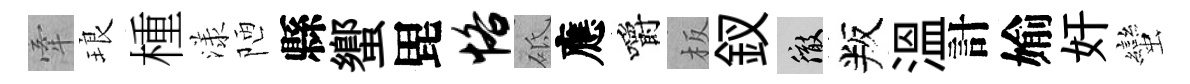
牽琅㮔漾陋縣蠁毘恪砥應嚼板釵徹叛溫計媮奸蠻